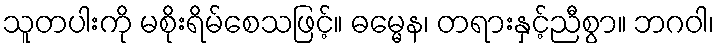
သူတပါးကို မစိုးရိမ်စေသဖြင့်။ ဓမ္မေန၊ တရားနှင့်ညီစွာ။ ဘဂဝါ၊